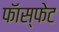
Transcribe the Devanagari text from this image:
फॅास्फेट